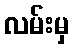
လမ်းမှ